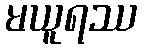
မယူရဿ